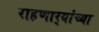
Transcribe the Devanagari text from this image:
राहणार्‍यांच्या